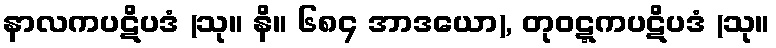
နာလကပဋိပဒံ (သု။ နိ။ ၆၈၄ အာဒယော), တုဝဋ္ဋကပဋိပဒံ (သု။